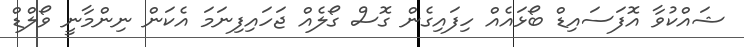
ޝައްކުވާ އޮފަސައިޑް ބޯޅައެއް ހިފައިގެން ގޮސް ގޯލެއް ޖަހައިފިނަމަ އެކަން ނިންމާނީ ވޯލްޑް